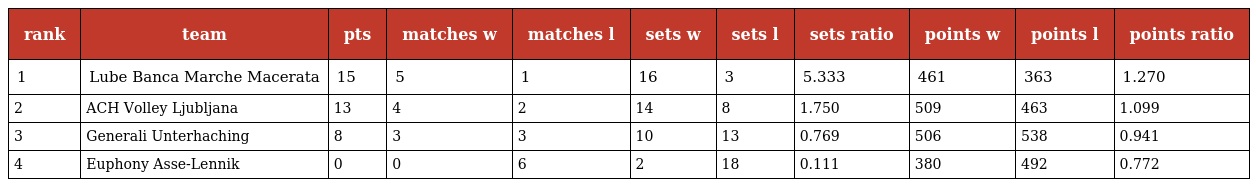
| rank | team | pts | matches w | matches l | sets w | sets l | sets ratio | points w | points l | points ratio |
 | --- | --- | --- | --- | --- | --- | --- | --- | --- | --- | --- |
 | 1 | Lube Banca Marche Macerata | 15 | 5 | 1 | 16 | 3 | 5.333 | 461 | 363 | 1.270 |
 | 2 | ACH Volley Ljubljana | 13 | 4 | 2 | 14 | 8 | 1.750 | 509 | 463 | 1.099 |
 | 3 | Generali Unterhaching | 8 | 3 | 3 | 10 | 13 | 0.769 | 506 | 538 | 0.941 |
 | 4 | Euphony Asse-Lennik | 0 | 0 | 6 | 2 | 18 | 0.111 | 380 | 492 | 0.772 |